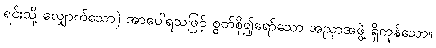
ရင်းသို့ လျှောက်သော) အာပေါရသဖြင့် စွတ်စို၍ရော်သော အညှာအဖွဲ့ ရှိကုန်သော။